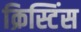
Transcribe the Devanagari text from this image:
क्रिस्टिंस